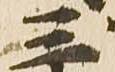
三